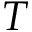
T